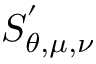
S _ { \theta , \mu , \nu } ^ { ' }